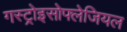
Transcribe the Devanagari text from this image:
गस्ट्रोइसोफ्लेजियल